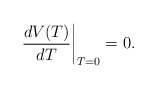
\begin{align*}\left. \frac{d V(T)}{d T} \right|_{T=0} = 0.\end{align*}